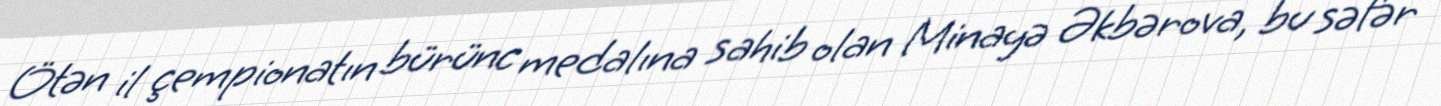
Ötən il çempionatın bürünc medalına sahib olan Minayə Əkbərova, bu səfər